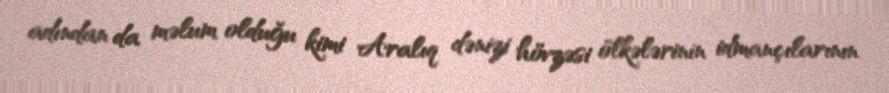
adından da məlum olduğu kimi Aralıq dənizi hövzəsi ölkələrinin idmançılarının